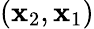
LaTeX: (\mathbf{x}_{2},\mathbf{x}_{1})